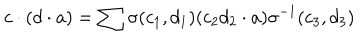
c \cdot ( d \cdot a ) = \sum \sigma ( c _ { 1 } , d _ { 1 } ) ( c _ { 2 } d _ { 2 } \cdot a ) \sigma ^ { - 1 } ( c _ { 3 } , d _ { 3 } )